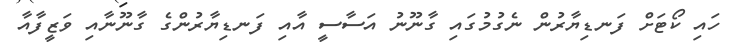
ހައި ކޯޓަށް ފަނޑިޔާރުން ނެގުމުގައި ގާނޫނު އަސާސީ އާއި ފަނޑިޔާރުންގެ ގާނޫނާއި ވަޒީފާއާ